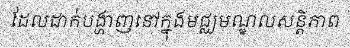
ដែលដាក់បង្ហាញនៅក្នុងមជ្ឈមណ្ឌលសន្តិភាព